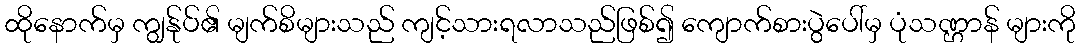
ထိုနောက်မှ ကျွန်ုပ်၏ မျက်စိများသည် ကျင့်သားရလာသည်ဖြစ်၍ ကျောက်စားပွဲပေါ်မှ ပုံသဏ္ဌာန် များကို